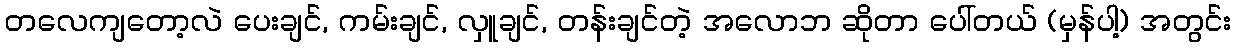
တလေကျတော့လဲ ပေးချင်, ကမ်းချင်, လှူချင်, တန်းချင်တဲ့ အလောဘ ဆိုတာ ပေါ်တယ် (မှန်ပါ့) အတွင်း